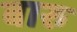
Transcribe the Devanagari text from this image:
बारु